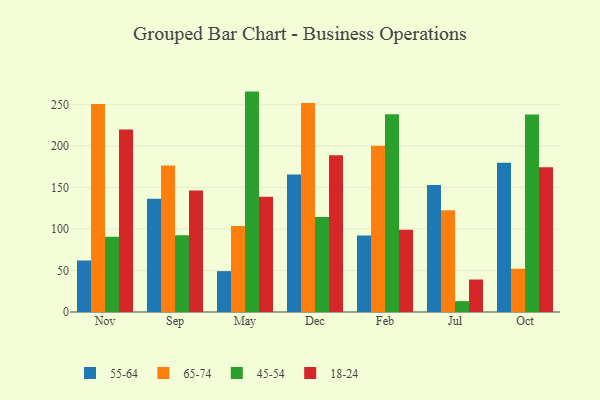
{"axis": {"x": "Month", "y": "Humidity (%)"}, "legend": ["18-24", "45-54", "55-64", "65-74"], "data": [{"x": "Nov", "y": 62.0, "type": "55-64"}, {"x": "Nov", "y": 250.3, "type": "65-74"}, {"x": "Nov", "y": 90.5, "type": "45-54"}, {"x": "Nov", "y": 219.7, "type": "18-24"}, {"x": "Sep", "y": 136.4, "type": "55-64"}, {"x": "Sep", "y": 176.2, "type": "65-74"}, {"x": "Sep", "y": 92.5, "type": "45-54"}, {"x": "Sep", "y": 146.2, "type": "18-24"}, {"x": "May", "y": 49.2, "type": "55-64"}, {"x": "May", "y": 103.6, "type": "65-74"}, {"x": "May", "y": 265.3, "type": "45-54"}, {"x": "May", "y": 138.6, "type": "18-24"}, {"x": "Dec", "y": 165.4, "type": "55-64"}, {"x": "Dec", "y": 251.5, "type": "65-74"}, {"x": "Dec", "y": 114.4, "type": "45-54"}, {"x": "Dec", "y": 188.7, "type": "18-24"}, {"x": "Feb", "y": 92.2, "type": "55-64"}, {"x": "Feb", "y": 200.2, "type": "65-74"}, {"x": "Feb", "y": 237.9, "type": "45-54"}, {"x": "Feb", "y": 98.9, "type": "18-24"}, {"x": "Jul", "y": 152.8, "type": "55-64"}, {"x": "Jul", "y": 122.4, "type": "65-74"}, {"x": "Jul", "y": 13.1, "type": "45-54"}, {"x": "Jul", "y": 39.1, "type": "18-24"}, {"x": "Oct", "y": 179.7, "type": "55-64"}, {"x": "Oct", "y": 52.1, "type": "65-74"}, {"x": "Oct", "y": 237.6, "type": "45-54"}, {"x": "Oct", "y": 174.1, "type": "18-24"}]}